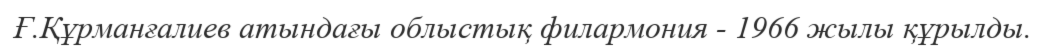
Ғ.Құрманғалиев атындағы облыстық филармония - 1966 жылы құрылды.